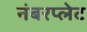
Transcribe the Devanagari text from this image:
नंबरप्लेट